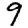
Digit: 9